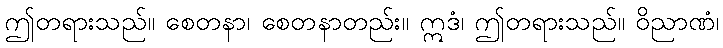
ဤတရားသည်။ စေတနာ၊ စေတနာတည်း။ ဣဒံ၊ ဤတရားသည်။ ဝိညာဏံ၊